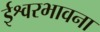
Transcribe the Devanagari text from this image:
ईश्वरभावना